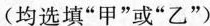
(均选填”甲”或”乙”)